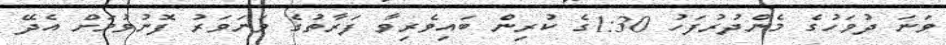
ވަނަ ދުވަހުގެ މެންދުރުފަހު 1:30ގެ ކުރިން ބައިވެރިވާ ފަރާތުގެ ވަނަވަރު ފޮނުވުމަށް އެދޭ